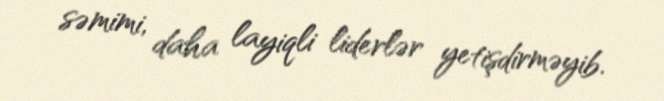
səmimi, daha layiqli liderlər yetişdirməyib.